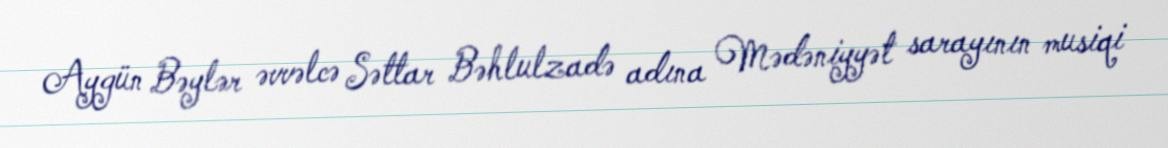
Aygün Bəylər əvvəlcə Səttar Bəhlulzadə adına Mədəniyyət sarayının musiqi